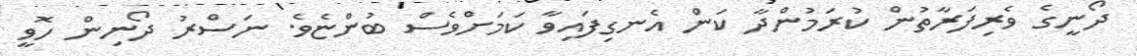
ދޯނީގެ ވެރިފަރާތުން ކުރަމުންދާ ކަން އެނގިފައިވާ ކަމަށްވެސް ބުންޏެވެ. ނަސްރު ދޯނިން ހޮވީ